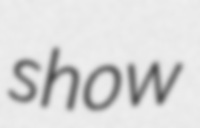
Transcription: show